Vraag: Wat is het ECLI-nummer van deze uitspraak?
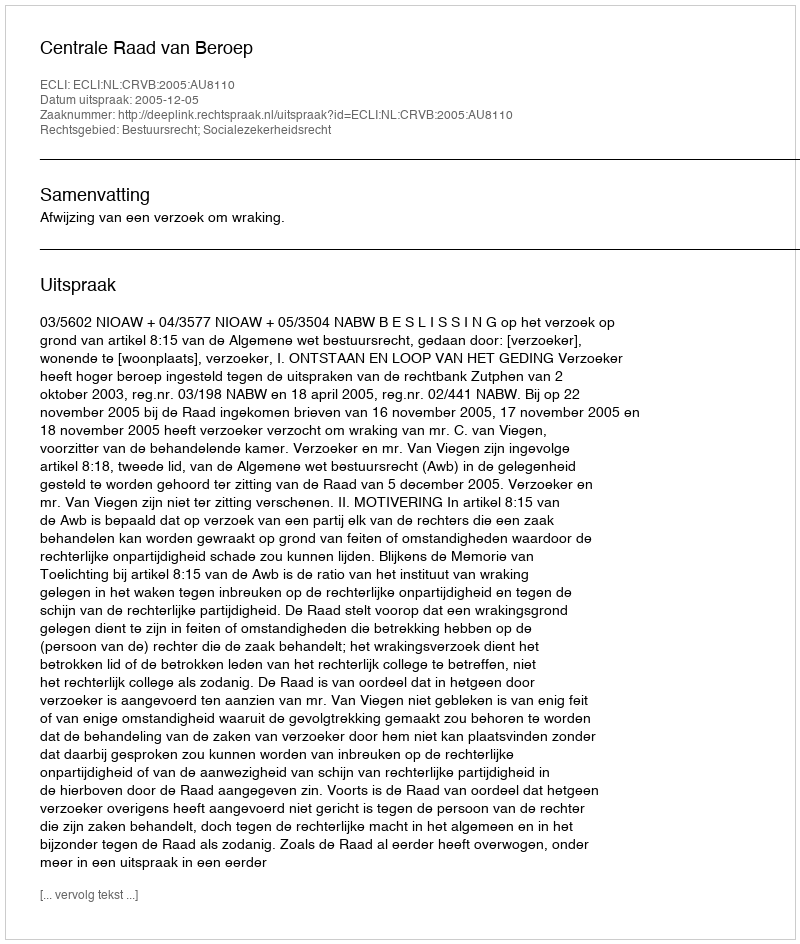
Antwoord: ECLI:NL:CRVB:2005:AU8110